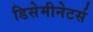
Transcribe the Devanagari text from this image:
डिसेमीनेटर्स